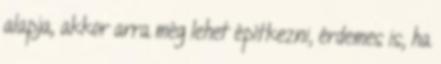
alapja, akkor arra még lehet építkezni, érdemes is, ha